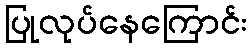
ပြုလုပ်နေကြောင်း